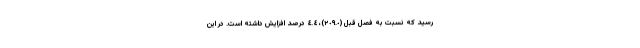
رسید که نسبت به فصل قبل (٢٠٩.٠)، ٤.٤ درصد افزایش داشته است. در این